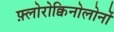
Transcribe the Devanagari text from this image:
फ़्लोरोक्विनोलोनों